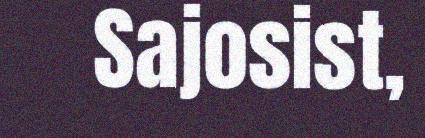
Sajosist,